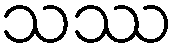
သဿ